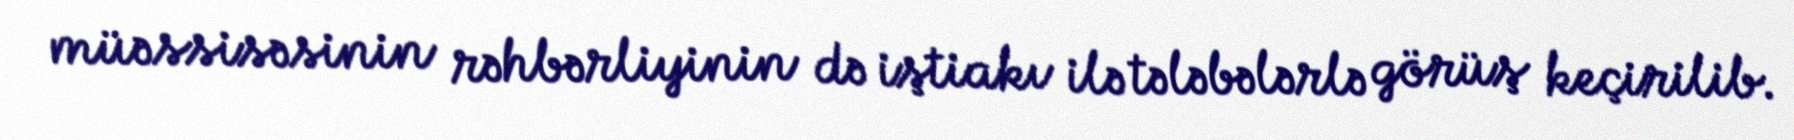
müəssisəsinin rəhbərliyinin də iştiakı ilə tələbələrlə görüş keçirilib.